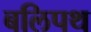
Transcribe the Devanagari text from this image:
बलिपथ